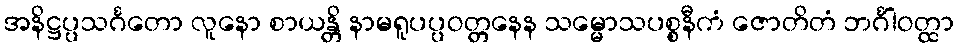
အနိဋ္ဌပ္ပသင်္ဂတော လူနော စာယန္တိ နာမရူပပ္ပဝတ္တနေန သမ္မောသပစ္စနီကံ ဇောတိတံ ဘင်္ဂါဝတ္ထာ